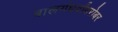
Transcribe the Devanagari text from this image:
बालगंधर्वांबरोबर